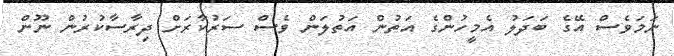
ނަމަވެސް އޭގެ ބަދަލު އެމީހުންގެ އަތުން އަތުލަން ވެސް ސަރުކާރަށް ދިރާސާކުރުން ނޫން